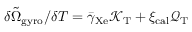
\delta \tilde { \Omega } _ { \mathrm { g y r o } } / { \delta T } = \bar { \gamma } _ { \mathrm { X e } } \mathcal { K } _ { \mathrm { T } } + \xi _ { \mathrm { c a l } } \mathcal { Q } _ { \mathrm { T } }